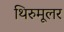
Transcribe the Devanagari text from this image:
थिरुमूलर